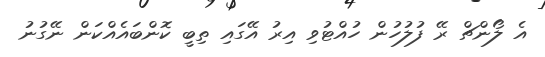
އެ ލޯންޗް ރޭ ފުލުހުން ހުއްޓުވި އިރު އޭގައި ތިބީ ކޮންބައެއްކަން ނޭގުނު